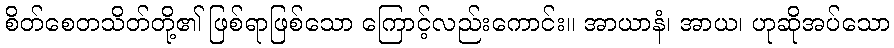
စိတ်စေတသိတ်တို့၏ ဖြစ်ရာဖြစ်သော ကြောင့်လည်းကောင်း။ အာယာနံ၊ အာယ၊ ဟုဆိုအပ်သော